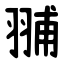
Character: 䎍